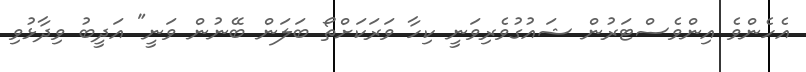
އެހެންވެ އިންވެސްޓަރުން ޝައުގުވެރިވަނީ ކިހާ ވަރަކަށްތޯ ބަލަން ބޭނުން ވަނީ" އަދީބު ވިދާޅުވި